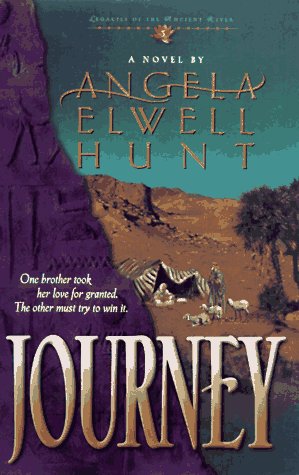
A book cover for Journey (Legacies of the Ancient River #3); Angela Elwell Hunt; Christian Books & Bibles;